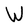
Character: W